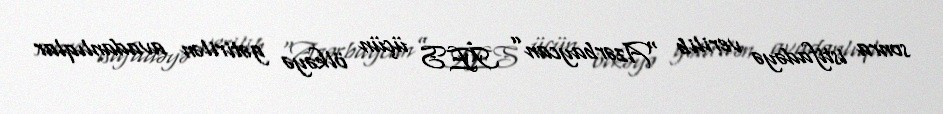
sonra istifadəyə verilib “Azərbaycan” İES üçün ölkəyə gətirilən avadanlıqlar